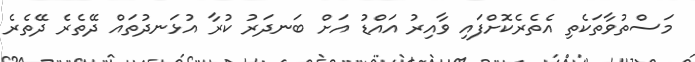
މަސްތުވާތަކެތި އެތެރެކޮށްފައި ވާއިރު އައްޑު އަށް ބަނދަރު ކުރާ އުޅަނދުތައް ދޭތެރެ ދޭތެރެ